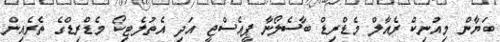
ބަޔާން މިއުނިކް ރެއާލް މެޑްރިޑް ބާސެލޯނާ ޕީއެސްޖީ އަދި އެތުލެޓިކޯ މެޑްރިޑްގެ ތެރެއިން